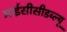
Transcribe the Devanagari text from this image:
आईसीसीडब्‍ल्‍यू